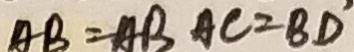
A B = A B A C = B D ^ { \prime }